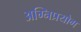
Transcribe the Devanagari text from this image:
अग्निप्रयोग